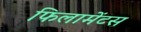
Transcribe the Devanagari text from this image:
फिलामेंटस